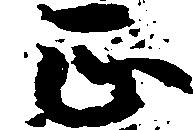
正